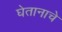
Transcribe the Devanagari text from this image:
घेतानाचे